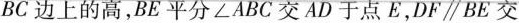
BC边上的高，BE平分∠ABC交AD于点E，DF\parallel BE交